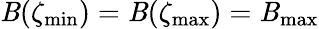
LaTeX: \mathit{B}(\zeta_{\mathrm{{min}}})=\mathit{B}(\zeta_{\mathrm{{max}}})=\mathit{B}_{\mathrm{{max}}}